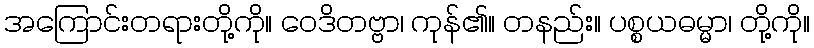
အကြောင်းတရားတို့ကို။ ဝေဒိတဗ္ဗာ၊ ကုန်၏။ တနည်း။ ပစ္စယဓမ္မာ၊ တို့ကို။